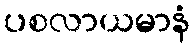
ပစလာယမာနံ